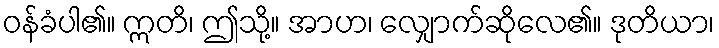
ဝန်ခံပါ၏။ ဣတိ၊ ဤသို့။ အာဟ၊ လျှောက်ဆိုလေ၏။ ဒုတိယာ၊